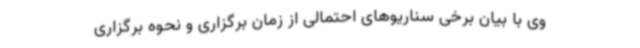
وی با بیان برخی سناریوهای احتمالی از زمان برگزاری و نحوه برگزاری